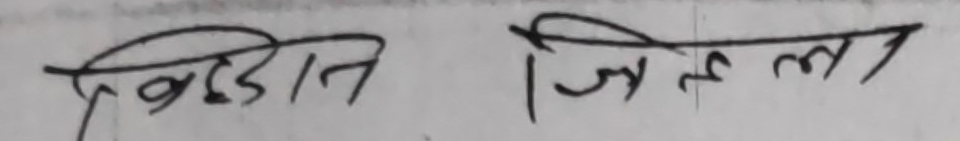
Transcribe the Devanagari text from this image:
खिडात जिल्ला